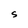
Character: S